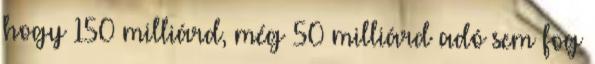
hogy 150 milliárd, még 50 milliárd adó sem fog